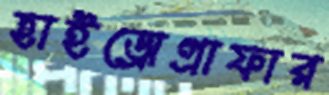
হাইড্রোগ্রাফার